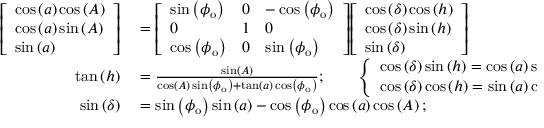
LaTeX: \begin{array} { r l } { { \left[ \begin{array} { l } { \cos \left( a \right) \cos \left( A \right) } \\ { \cos \left( a \right) \sin \left( A \right) } \\ { \sin \left( a \right) } \end{array} \right] } } & { { } = { \left[ \begin{array} { l l l } { \sin \left( \phi _ { \mathrm { o } } \right) } & { 0 } & { - \cos \left( \phi _ { \mathrm { o } } \right) } \\ { 0 } & { 1 } & { 0 } \\ { \cos \left( \phi _ { \mathrm { o } } \right) } & { 0 } & { \sin \left( \phi _ { \mathrm { o } } \right) } \end{array} \right] } { \left[ \begin{array} { l } { \cos \left( \delta \right) \cos \left( h \right) } \\ { \cos \left( \delta \right) \sin \left( h \right) } \\ { \sin \left( \delta \right) } \end{array} \right] } } \\ { \tan \left( h \right) } & { { } = { \frac { \sin \left( A \right) } { \cos \left( A \right) \sin \left( \phi _ { \mathrm { o } } \right) + \tan \left( a \right) \cos \left( \phi _ { \mathrm { o } } \right) } } ; \qquad { \left\{ \begin{array} { l l } { \cos \left( \delta \right) \sin \left( h \right) = \cos \left( a \right) \sin \left( A \right) ; } \\ { \cos \left( \delta \right) \cos \left( h \right) = \sin \left( a \right) \cos \left( \phi _ { \mathrm { o } } \right) + \cos \left( a \right) \cos \left( A \right) \sin \left( \phi _ { \mathrm { o } } \right) } \end{array} \right. } } \\ { \sin \left( \delta \right) } & { { } = \sin \left( \phi _ { \mathrm { o } } \right) \sin \left( a \right) - \cos \left( \phi _ { \mathrm { o } } \right) \cos \left( a \right) \cos \left( A \right) ; } \end{array}